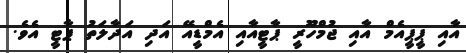
އާއި ޕީޕީއެމް އާއި ޖުމްހޫރީ ޕާޓީއާއި އެމްޑީއޭ އަދި އަދާލަތު ޕާޓީ އެވެ.